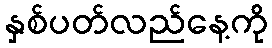
နှစ်ပတ်လည်နေ့ကို